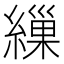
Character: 繅